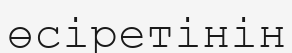
өсіретінін